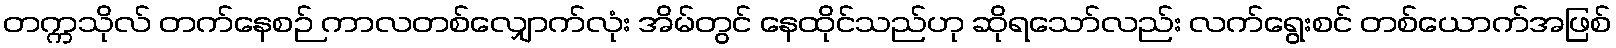
တက္ကသိုလ် တက်နေစဉ် ကာလတစ်လျှောက်လုံး အိမ်တွင် နေထိုင်သည်ဟု ဆိုရသော်လည်း လက်ရွေးစင် တစ်ယောက်အဖြစ်